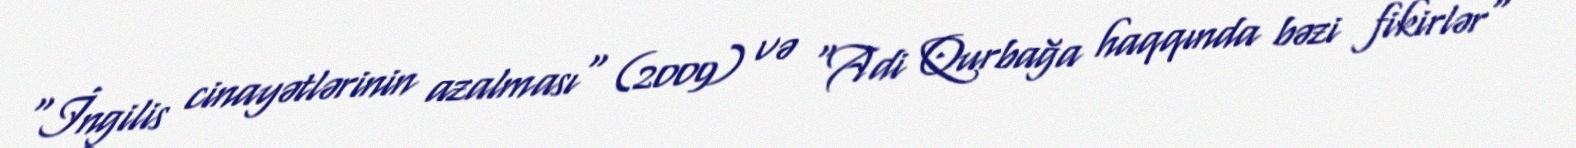
"İngilis cinayətlərinin azalması" (2009) və "Adi Qurbağa haqqında bəzi fikirlər"